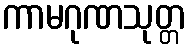
ကာမဂုဏသုတ္တ